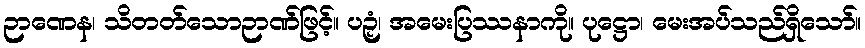
ဉာဏေန၊ သိတတ်သောဉာဏ်ဖြင့်။ ပဉှံ၊ အမေးပြဿနာကို။ ပုဋ္ဌော၊ မေးအပ်သည်ရှိသော်။